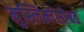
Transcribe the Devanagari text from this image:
मुस्लिमांसोबत